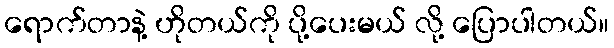
ရောက်တာနဲ့ ဟိုတယ်ကို ပို့ပေးမယ် လို့ ပြောပါတယ်။